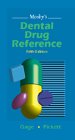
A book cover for Mosby's Dental Drug Reference; Tommy W. Gage; Medical Books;